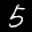
Label: 5